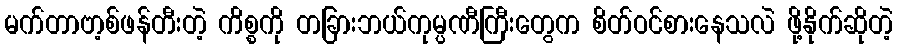
မက်တာဗာ့စ်ဖန်တီးတဲ့ ကိစ္စကို တခြားဘယ်ကုမ္ပဏီကြီးတွေက စိတ်ဝင်စားနေသလဲ ဖို့နိုက်ဆိုတဲ့